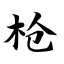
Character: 枪